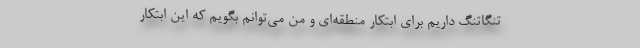
تنگاتنگ داریم برای ابتکار منطقه‌ای و من می‌توانم بگویم که این ابتکار